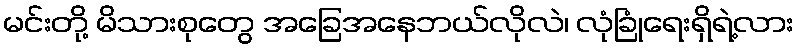
မင်းတို့ မိသားစုတွေ အခြေအနေဘယ်လိုလဲ၊ လုံခြုံရေးရှိရဲ့လား